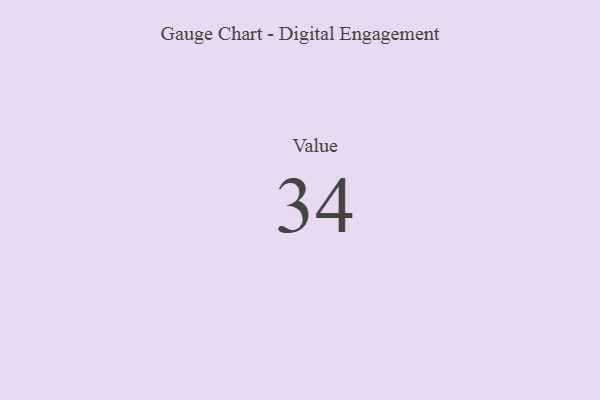
{"axis": {"x": "Metric", "y": "Value"}, "legend": [""], "data": [{"x": "Value", "y": 34, "type": ""}]}